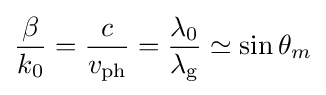
{\frac {\beta }{k_{0}}}={\frac {c}{v_{\text{ph}}}}={\frac {\lambda _{0}}{\lambda _{\text{g}}}}\simeq \sin \theta _{m}